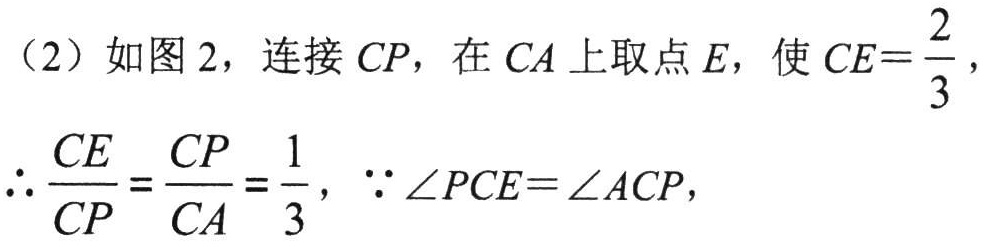
（2）如图 2，连接 \(CP\)，在 \(CA\) 上取点 \(E\)，使 \(CE = \frac{2}{3}\)，
\(\therefore\frac{CE}{CP}=\frac{CP}{CA}=\frac{1}{3}\)，\(\because\angle PCE=\angle ACP\)，